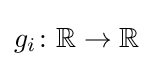
g_{i}\colon \mathbb {R} \to \mathbb {R}